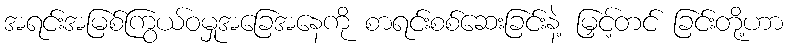
အရင်းအမြစ်ကြွယ်ဝမှုအခြေအနေကို စာရင်းစစ်ဆေးခြင်းနဲ့ မြှင့်တင် ခြင်းတို့ဟာ